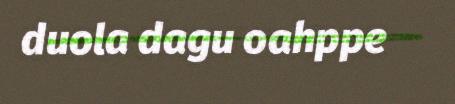
duola dagu oahppe